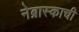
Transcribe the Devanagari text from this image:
नेब्रास्काची